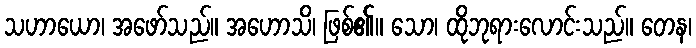
သဟာယော၊ အဖော်သည်။ အဟောသိ၊ ဖြစ်၏။ သော၊ ထိုဘုရားလောင်းသည်။ တေန၊